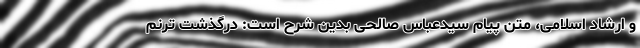
و ارشاد اسلامی، متن پیام سیدعباس صالحی بدین شرح است: درگذشت ترنم